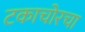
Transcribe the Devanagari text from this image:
टकाचोरचा